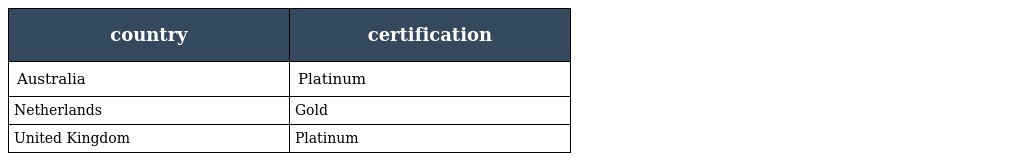
| country | certification |
 | --- | --- |
 | Australia | Platinum |
 | Netherlands | Gold |
 | United Kingdom | Platinum |